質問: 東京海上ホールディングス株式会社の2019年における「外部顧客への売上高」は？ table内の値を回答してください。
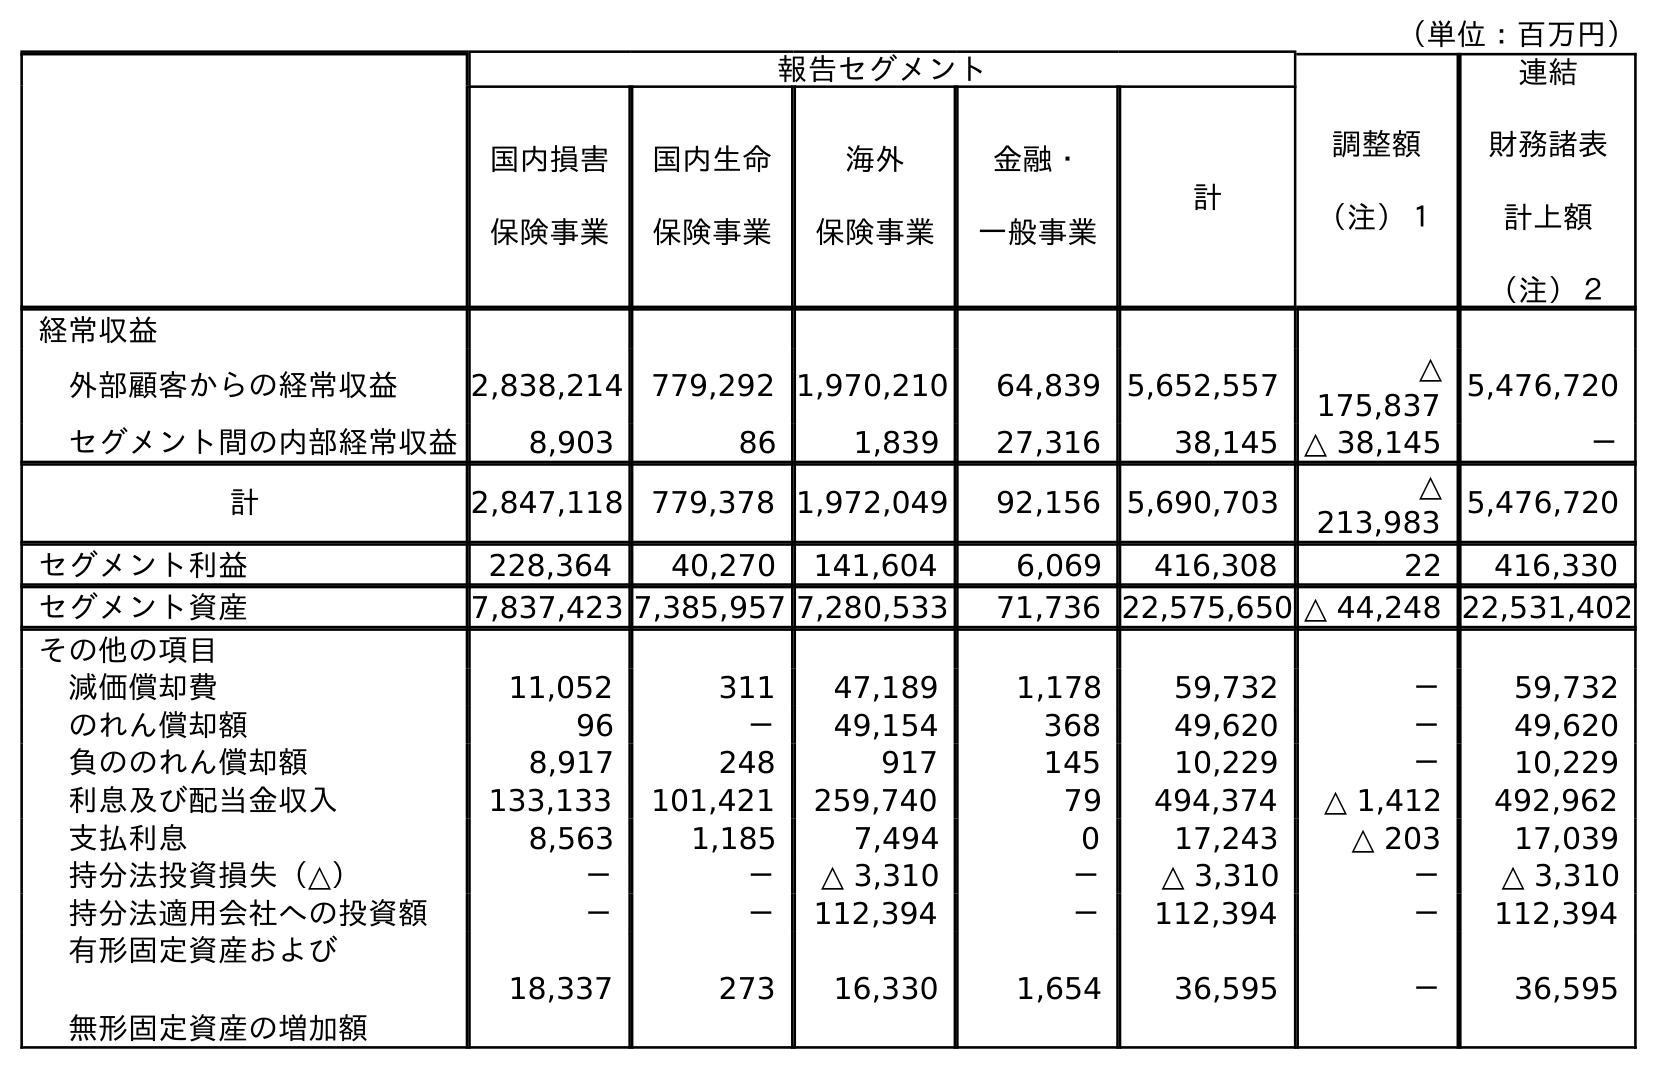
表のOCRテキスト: （単位：百万円） 報告セグメント 調整額 （注）１ 連結 財務諸表 計上額 （注）２ 国内損害 保険事業 国内生命 保険事業 海外 保険事業 金融・ 一般事業 計 経常収益 外部顧客からの経常収益 2,838,214 779,292 1,970,210 64,839 5,652,557 △ 175,837 5,476,720 セグメント間の内部経常収益 8,903 86 1,839 27,316 38,145 △ 38,145 － 計 2,847,118 779,378 1,972,049 92,156 5,690,703 △ 213,983 5,476,720 セグメント利益 228,364 40,270 141,604 6,069 416,308 22 416,330 セグメント資産 7,837,423 7,385,957 7,280,533 71,736 22,575,650 △ 44,248 22,531,402 その他の項目 減価償却費 11,052 311 47,189 1,178 59,732 － 59,732 のれん償却額 96 － 49,154 368 49,620 － 49,620 負ののれん償却額 8,917 248 917 145 10,229 － 10,229 利息及び配当金収入 133,133 101,421 259,740 79 494,374 △ 1,412 492,962 支払利息 8,563 1,185 7,494 0 17,243 △ 203 17,039 持分法投資損失（△） － － △ 3,310 － △ 3,310 － △ 3,310 持分法適用会社への投資額 － － 112,394 － 112,394 － 112,394 有形固定資産および 無形固定資産の増加額 18,337 273 16,330 1,654 36,595 － 36,595
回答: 5,476,720